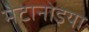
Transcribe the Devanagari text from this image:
मेटानोइया